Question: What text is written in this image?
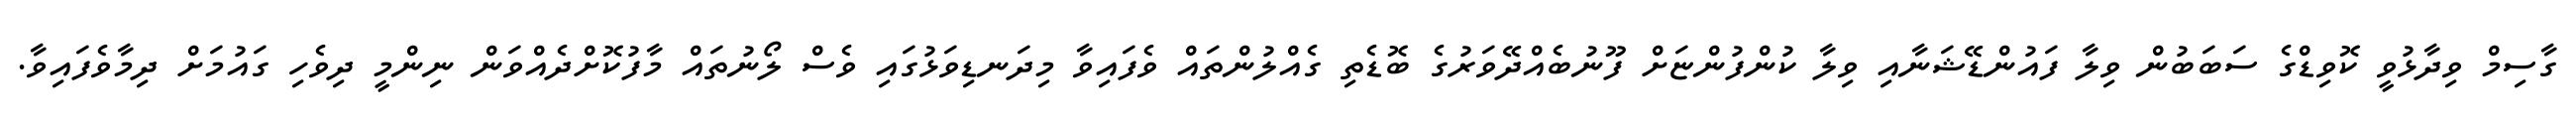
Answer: ގާސިމް ވިދާޅުވީ ކޮވިޑްގެ ސަބަބުން ވިލާ ފައުންޑޭޝަނާއި ވިލާ ކުންފުންޏަށް ފޫނުބެއްދޭވަރުގެ ބޮޑެތި ގެއްލުންތައް ވެފައިވާ މިދަނޑިވަޅުގައި ވެސް ލޯނުތައް މާފުކޮށްދެއްވަން ނިންމީ ދިވެހި ގައުމަށް ދިމާވެފައިވާ.